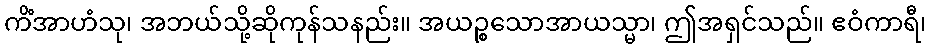
ကိံအာဟံသု၊ အဘယ်သို့ဆိုကုန်သနည်း။ အယဉ္စသောအာယသ္မာ၊ ဤအရှင်သည်။ ဧဝံကာရီ၊